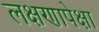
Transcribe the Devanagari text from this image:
लक्षणापेक्षा